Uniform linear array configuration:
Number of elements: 48
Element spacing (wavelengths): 0.75
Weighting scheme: hann
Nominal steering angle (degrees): -30
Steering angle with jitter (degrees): -29.602
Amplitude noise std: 0.05
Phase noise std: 0.05

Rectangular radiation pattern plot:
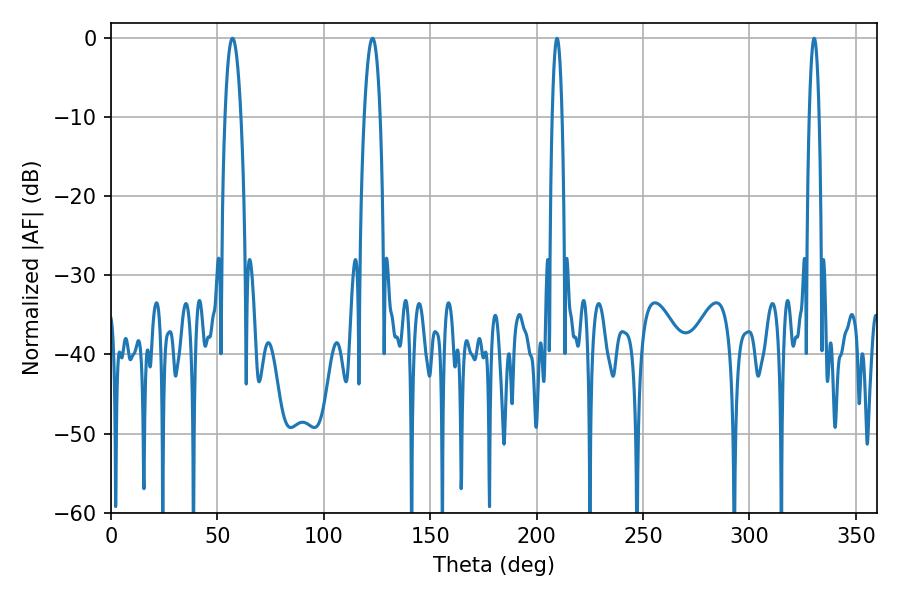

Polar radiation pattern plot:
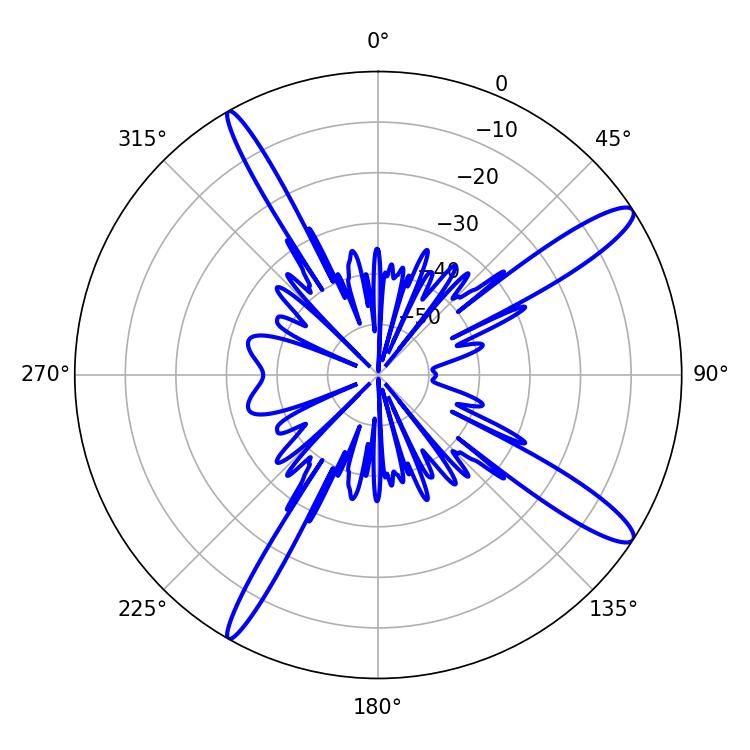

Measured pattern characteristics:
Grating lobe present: TRUE
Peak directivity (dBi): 13.798
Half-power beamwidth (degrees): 4.14
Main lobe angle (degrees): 57.06